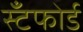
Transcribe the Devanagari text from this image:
स्टँफोर्ड